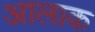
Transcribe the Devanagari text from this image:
आलाक